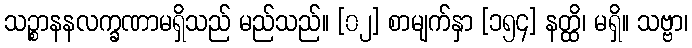
သဉ္စာနနလက္ခဏာမရှိသည် မည်သည်။ [၀၂] စာမျက်နှာ [၁၅၄] နတ္ထိ၊ မရှိ။ သဗ္ဗာ၊